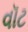
વૉટ